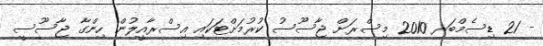
- 21 ޑިސެމްބަރ 2010 މިސްރަށް ޖާސޫސު ކުރުމަށްޓަކައި އިސްރާއީލުން ހިންގާ ޖާސޫސީ